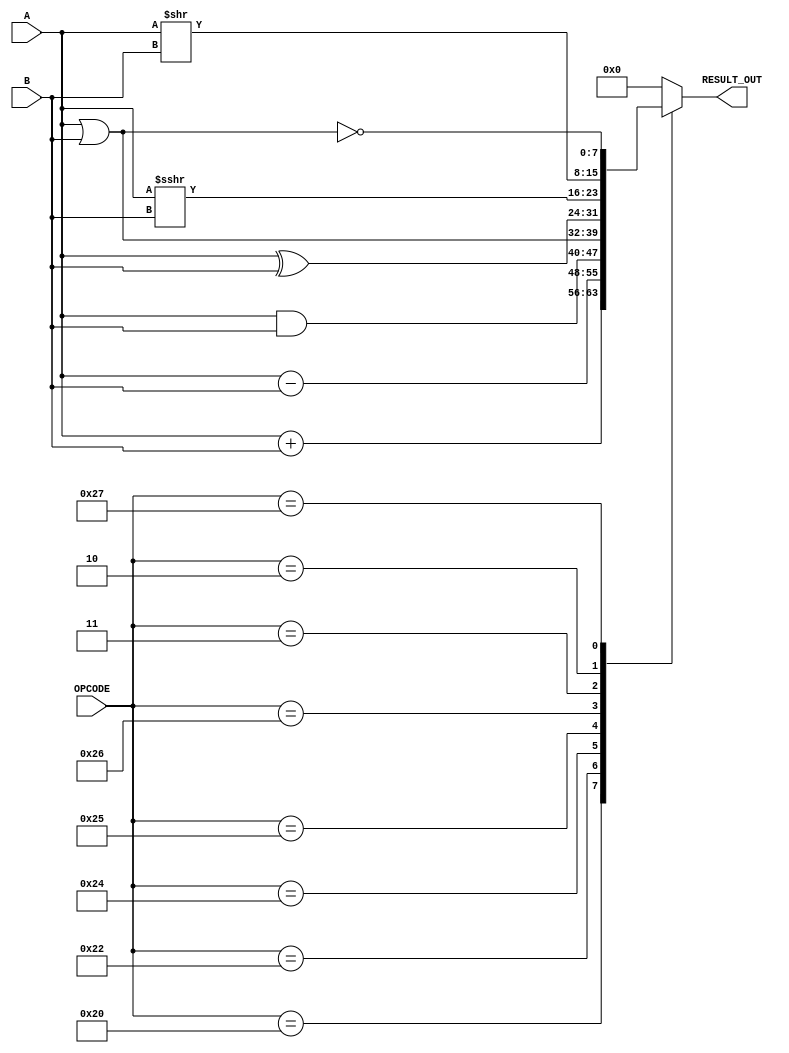
`timescale 1ns / 1ps
//////////////////////////////////////////////////////////////////////////////////
// Company: 
// Engineer: 
// 
// Design Name: 
// Module Name: alu
// Project Name: 
// Target Devices: 
// Tool Versions: 
// Description: 
// 
// Dependencies: 
// 
// Revision:
// Revision 0.01 - File Created
// Additional Comments:
// 
//////////////////////////////////////////////////////////////////////////////////

`define lenghtIN 8
`define lenghtOP 6

module alu(
	//inputs
	A,
	B,
	OPCODE,

	//output
	RESULT_OUT  
    );

	parameter lenghtIN = `lenghtIN; 	
	parameter lenghtOP = `lenghtOP;

	input signed [lenghtIN-1 : 0] A;
	input signed [lenghtIN-1 : 0] B;
	input signed [lenghtOP-1 : 0] OPCODE;

	output reg [lenghtIN - 1 : 0] RESULT_OUT; 

	always @(*)
	begin
		case (OPCODE)
			6'b 100000: RESULT_OUT = A + B;
			6'b 100010: RESULT_OUT = A - B;
			6'b 100100: RESULT_OUT = A & B;
			6'b 100101: RESULT_OUT = A | B;
			6'b 100110: RESULT_OUT = A ^ B;
			6'b 000011: RESULT_OUT = A >>> B;
			6'b 000010: RESULT_OUT = A >> B;
			6'b 100111: RESULT_OUT = ~(A | B);
			default: RESULT_OUT = 0;
		endcase	
	end

	endmodule